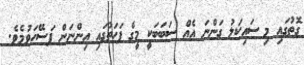
ގޮތުގައި މި ސައިކަލު ގަންނަ އެއް ސަބަބަކީ މީގެ ފަހަތުގައި އިންނަން ފަސޭހަވުމެވެ.